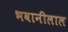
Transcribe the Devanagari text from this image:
भवानीलाल